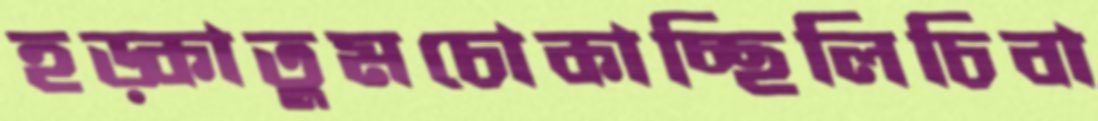
হড়্‌কাতুমচোকাচ্ছিলিচিবা